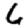
Digit: 6